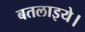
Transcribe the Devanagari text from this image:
बतलाइये।